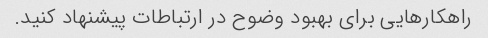
راهکارهایی برای بهبود وضوح در ارتباطات پیشنهاد کنید.